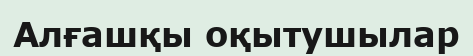
Алғашқы оқытушылар